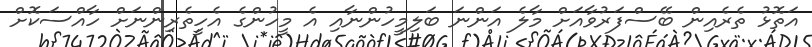
އަތޮޅު ތެރެއިން ބޭސްފަރުވާއަށް މާލެ އަންނަ ބަލިމީީހުންނާއި އެ މީހުންގެ އެހީތެރިންނަށް ހާއްސަކޮށް